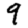
Digit: 9